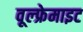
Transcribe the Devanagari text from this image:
वूल्फ्रेमाइट